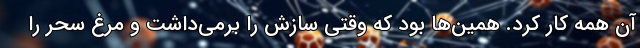
آن همه کار کرد. همین‌ها بود که وقتی سازش را برمی‌داشت و مرغ سحر را